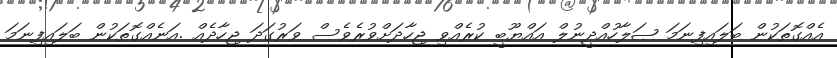
އެއްގޮތަކުން ބަލައިފިނަމަ ޞަލާހުއްދީނުލް އައްޔޫބީ ކުރެއްވި ޖިހާދަށްވުރެވެސް ވަރުގަދަ ޖިހާދެއް .އަނެއްގޮތަކުން ބަލައިފިނަމަ